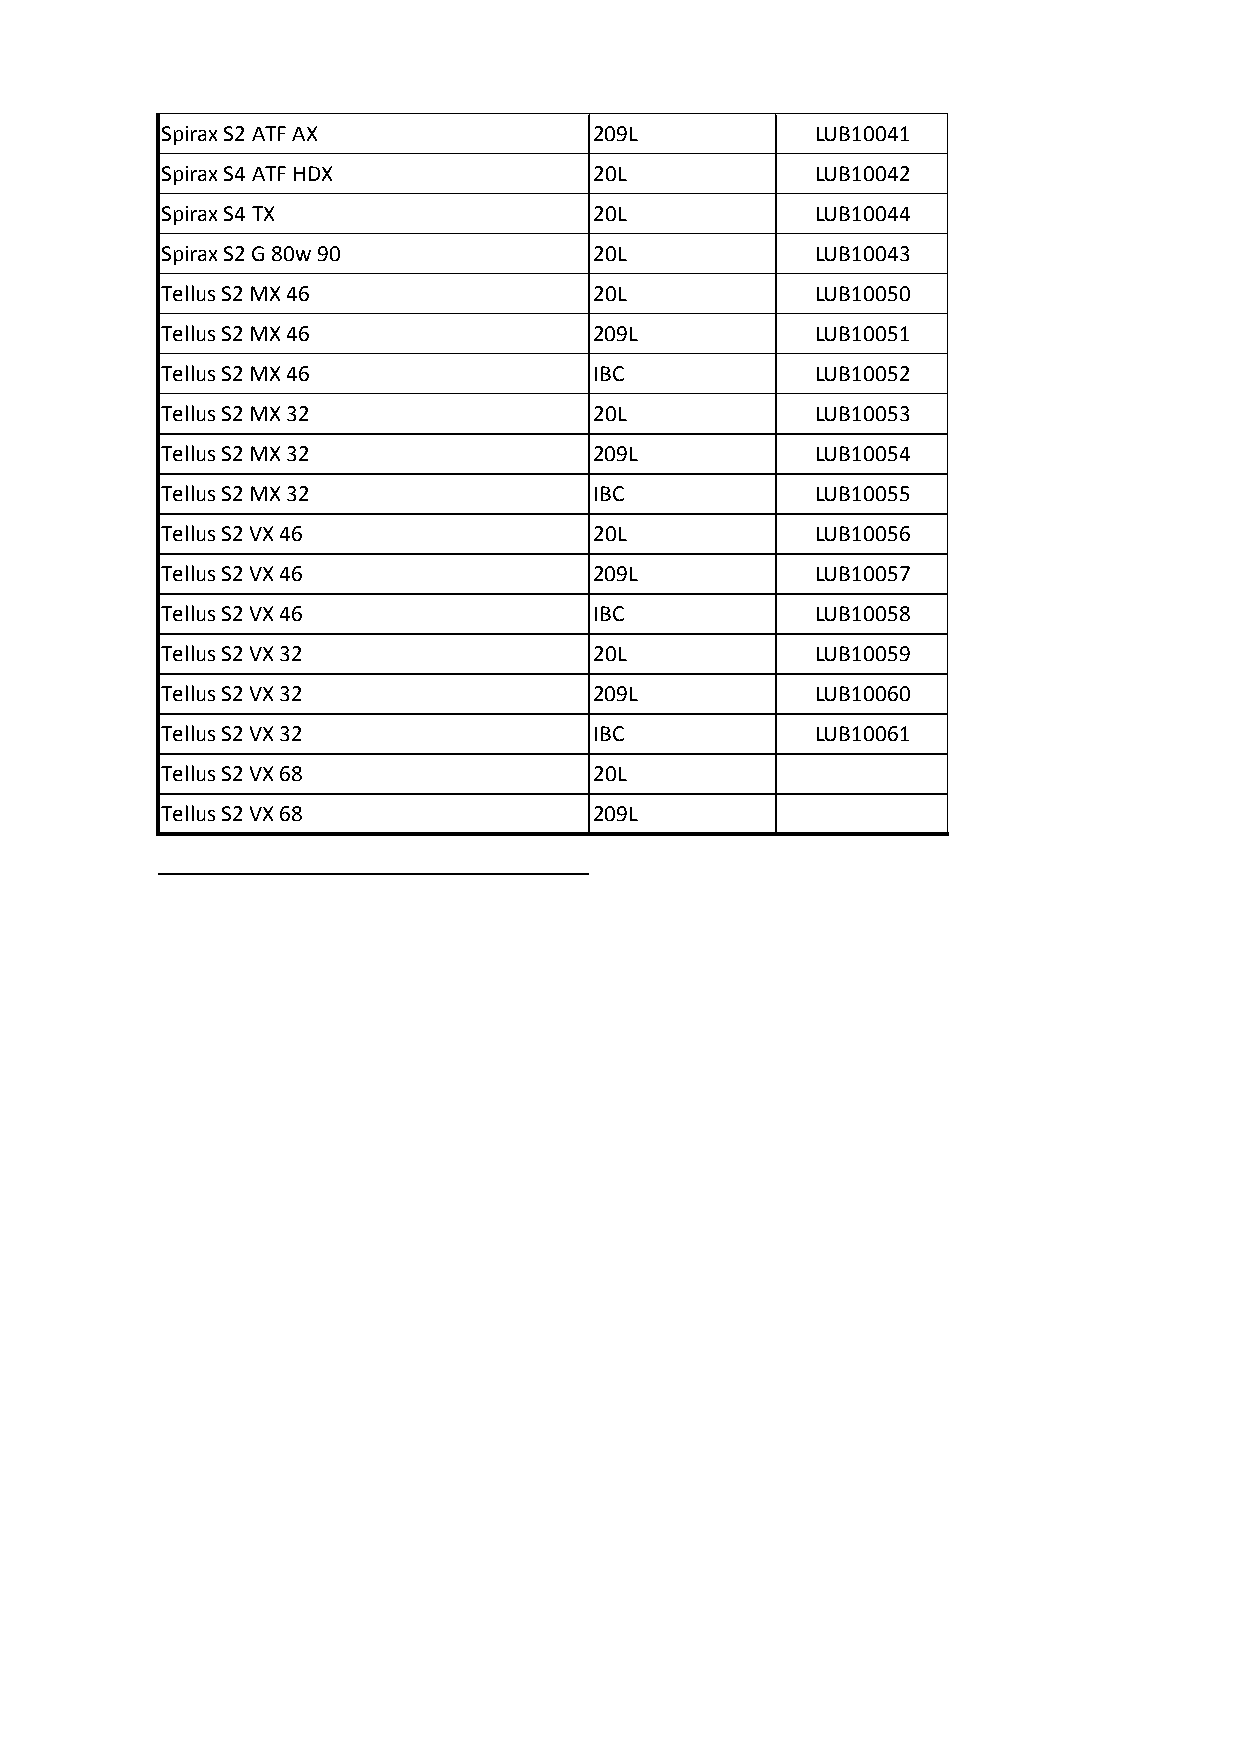
Spirax S2 ATF AX            209L           LUB10041
 Spirax S4 ATF HDX           20L            LUB10042
 Spirax S4 TX                20L            LUB10044
 Spirax S2 G 80w 90          20L            LUB10043
 Tellus S2 MX 46             20L            LUB10050
 Tellus S2 MX 46             209L           LUB10051
 Tellus S2 MX 46             IBC            LUB10052
 Tellus S2 MX 32             20L            LUB10053
 Tellus S2 MX 32             209L           LUB10054
 Tellus S2 MX 32             IBC            LUB10055
 Tellus S2 VX 46             20L            LUB10056
 Tellus S2 VX 46             209L           LUB10057
 Tellus S2 VX 46             IBC            LUB10058
 Tellus S2 VX 32             20L            LUB10059
 Tellus S2 VX 32             209L           LUB10060
 Tellus S2 VX 32             IBC            LUB10061
 Tellus S2 VX 68             20L
 Tellus S2 VX 68             209L